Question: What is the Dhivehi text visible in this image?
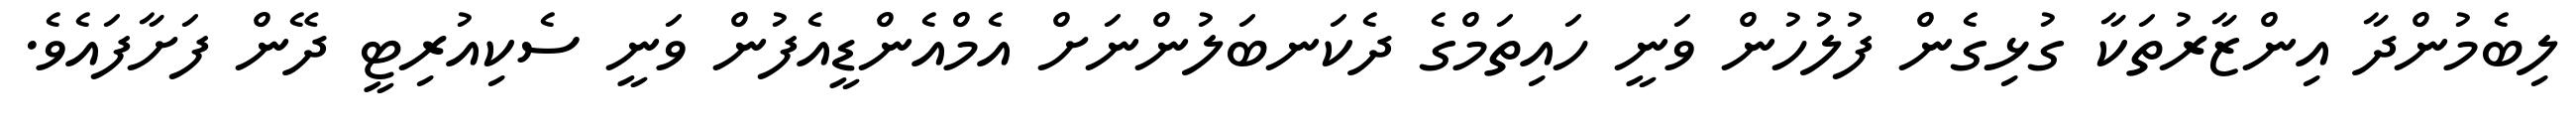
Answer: ލިބެމުންދާ އިންޒާރުތަކާ ގުޅިގެން ފުލުހުން ވަނީ ހައިތަމްގެ ދެކަނބަލުންނަށް އެމްއެންޑީއެފުން ވަނީ ސެކިއުރިޓީ ދޭން ފަށާފައެވެ.